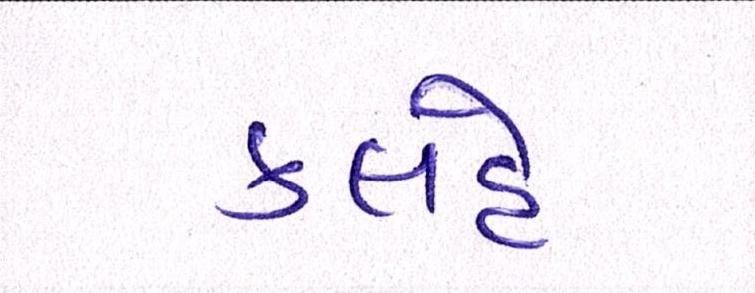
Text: કલહે